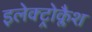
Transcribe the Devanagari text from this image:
इलेक्ट्रोक्लैश